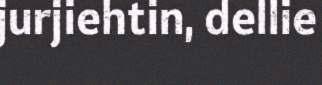
jurjiehtin, dellie